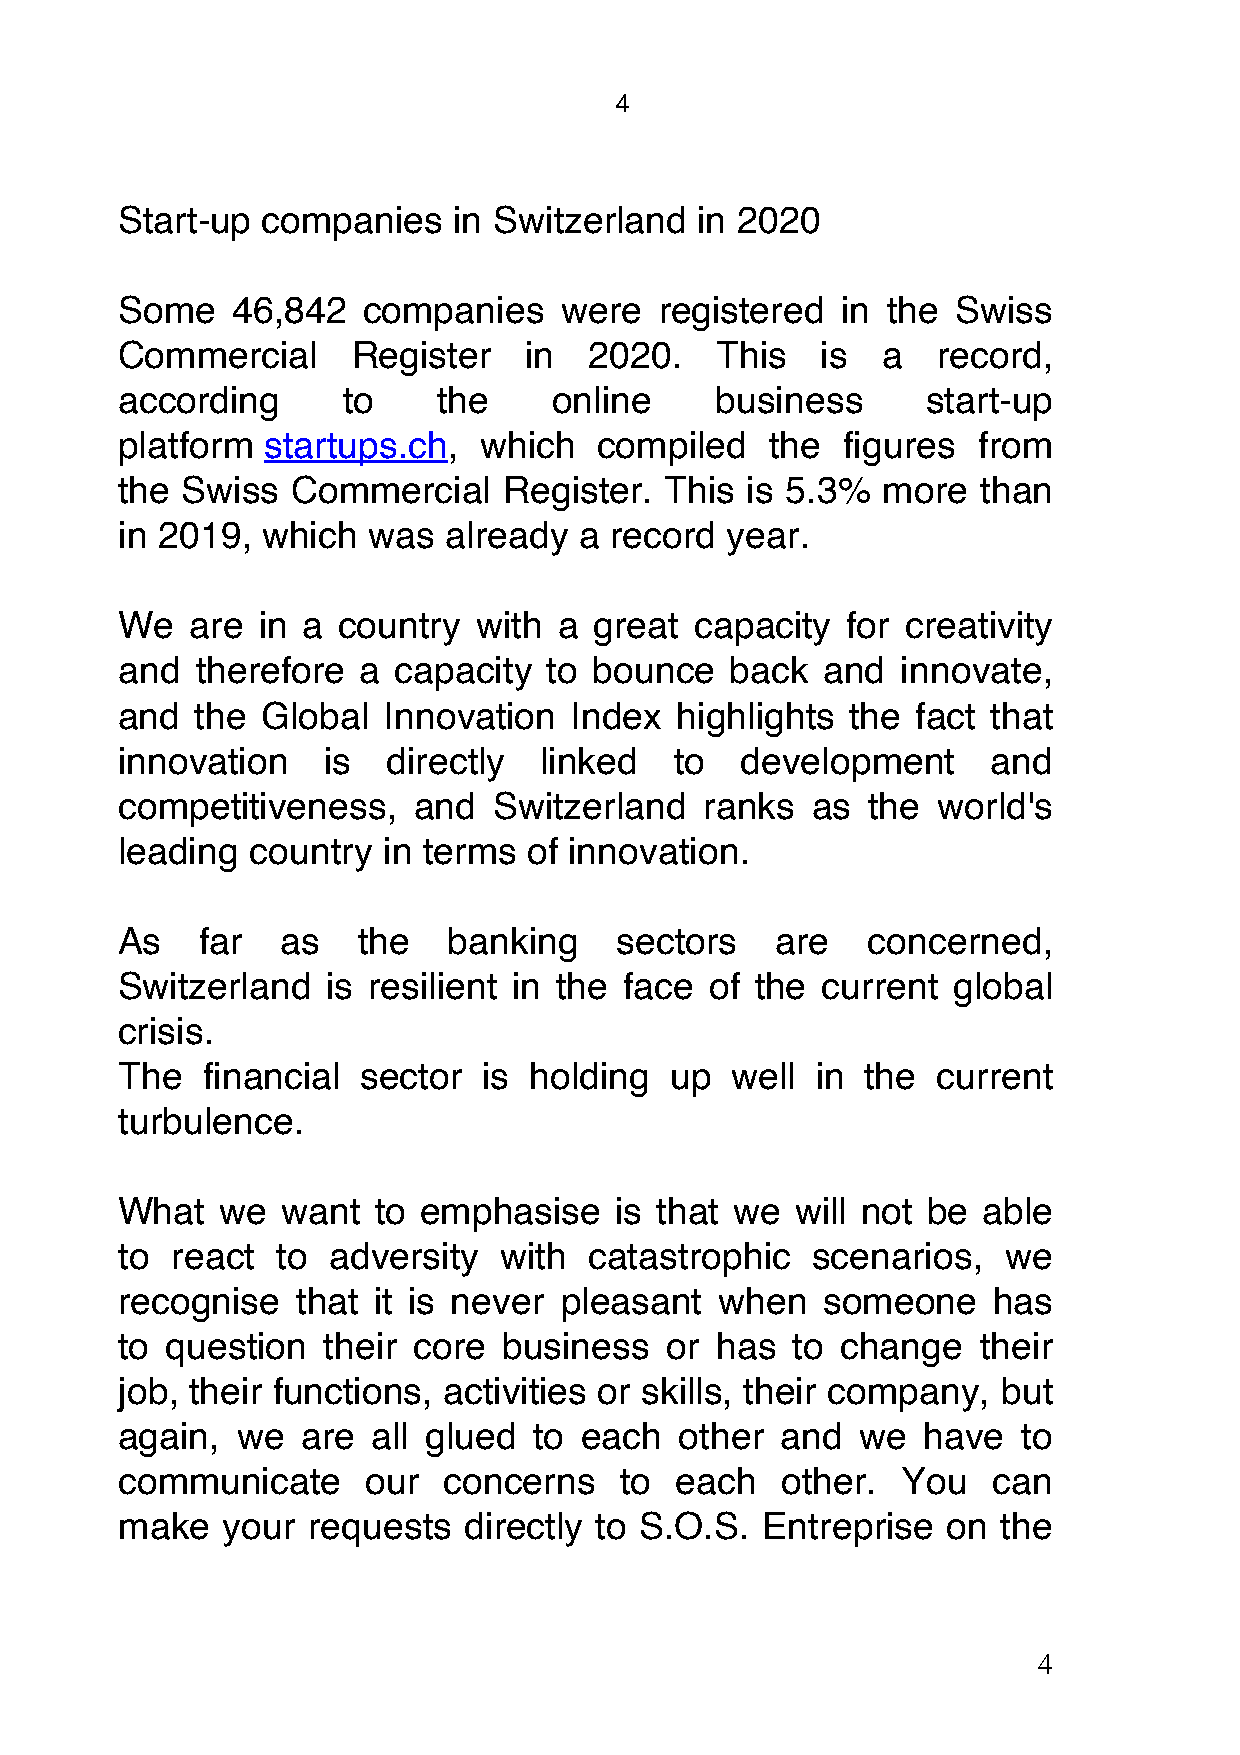
4
 Start-up companies    in Switzerland  in 2020
 Some   46,842   companies    were   registered  in the Swiss
 Commercial     Register    in  2020.   This   is  a   record,
 according      to    the     online    business      start-up
 platform startups.ch,   which   compiled   the  figures  from
 the Swiss  Commercial    Register.  This is 5.3%  more   than
 in 2019, which  was  already  a record  year.
 We   are in a country   with a great  capacity  for creativity
 and  therefore  a capacity  to bounce   back   and  innovate,
 and  the Global  Innovation   Index  highlights the  fact that
 innovation   is   directly  linked   to  development      and
 competitiveness,   and   Switzerland   ranks  as  the world's
 leading  country in terms  of innovation.
 As   far   as   the   banking    sectors   are   concerned,
 Switzerland   is resilient in the face of the current  global
 crisis.
 The  financial  sector  is holding  up  well  in the  current
 turbulence.
 What   we  want  to emphasise    is that we  will not be able
 to react  to  adversity  with  catastrophic   scenarios,   we
 recognise   that it is never pleasant   when  someone     has
 to question  their core  business   or has   to change   their
 job, their functions, activities or skills, their company, but
 again,  we  are  all glued to  each  other  and  we  have   to
 communicate     our  concerns    to  each   other.  You   can
 make   your requests   directly to S.O.S. Entreprise   on the
 4